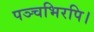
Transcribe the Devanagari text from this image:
पञ्चभिरपि।